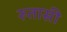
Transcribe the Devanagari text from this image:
रुतासी